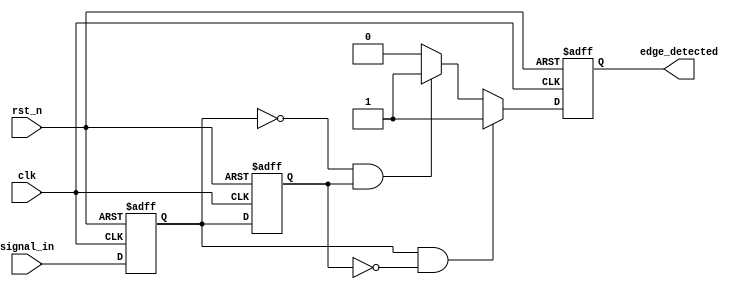
module glitch_free_edge_detector (
    input wire clk,          // Clock signal
    input wire rst_n,       // Active low reset signal
    input wire signal_in,    // Input signal to be monitored
    output reg edge_detected // Output signal indicating edge detection
);

    // Memory blocks to store current and previous states
    reg signal_current;      // Current state of the input signal
    reg signal_previous;     // Previous state of the input signal

    // Edge detection logic
    always @(posedge clk or negedge rst_n) begin
        if (!rst_n) begin
            // Reset the memory blocks and output
            signal_current <= 1'b0;
            signal_previous <= 1'b0;
            edge_detected <= 1'b0;
        end else begin
            // Update previous state to current state
            signal_previous <= signal_current;
            // Store the current state of the input signal
            signal_current <= signal_in;

            // Edge detection logic
            if (signal_current && !signal_previous) begin
                // Rising edge detected
                edge_detected <= 1'b1;
            end else if (!signal_current && signal_previous) begin
                // Falling edge detected
                edge_detected <= 1'b1;
            end else begin
                // No edge detected
                edge_detected <= 1'b0;
            end
        end
    end

endmodule